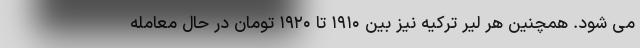
می شود. همچنین هر لیر ترکیه نیز بین ۱۹۱۰ تا ۱۹۲۰ تومان در حال معامله